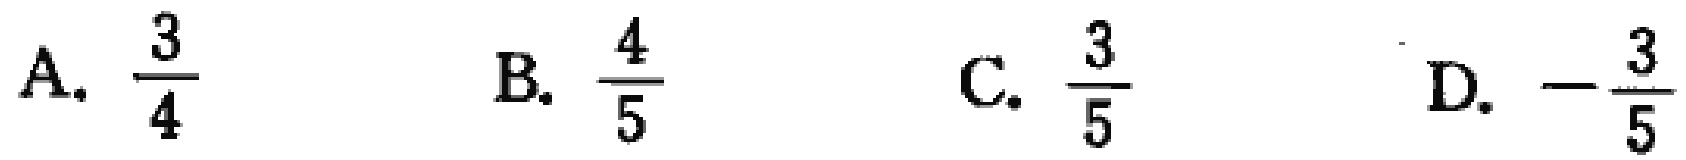
A. $\frac{3}{4}$  B. $\frac{4}{5}$  C. $\frac{3}{5}$  D. $-\frac{3}{5}$